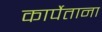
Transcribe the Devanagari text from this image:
कार्पेताना